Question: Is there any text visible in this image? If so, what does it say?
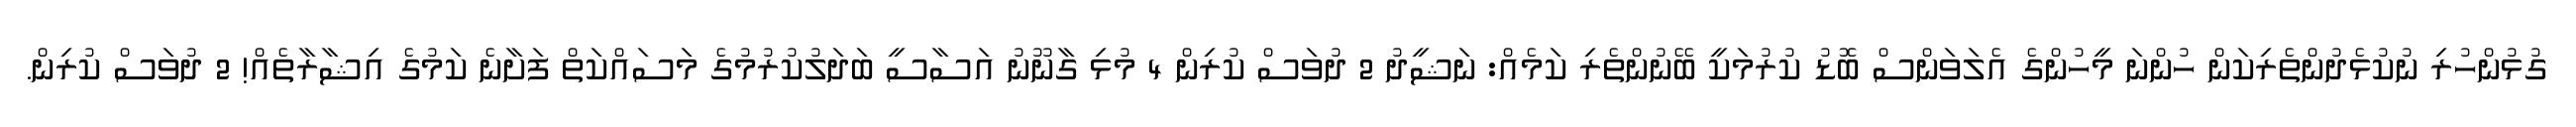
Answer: ގުޅުންހުރި ނުކުޅެދުންތެރިކަން ހުންނަ މީހުންގެ އެލަވަންސް ބޮޑު ކުރުމަކީ ބޭނުންތެރި ކަމެއް: ނަޝީދު 2 ދުވަސް ކުރިން 4 މުޅި ގާނޫނު އަސާސީ ބަދަލުކުރުމުގެ މަސައްކަތް ފަށާނެ ކަމުގެ އިޝާރާތެއް! 2 ދުވަސް ކުރިން.